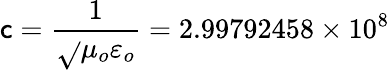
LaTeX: \mathsf{c}={\frac{{1}}{{\sqrt{}{{\mu_{o}\varepsilon_{o}}}}}}=2.99792458\times10^{8}